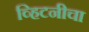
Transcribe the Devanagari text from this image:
व्हिटनीचा